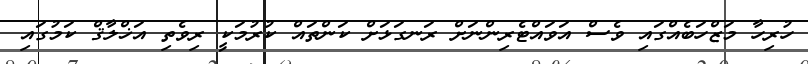
ހުރިހާ މަޒްހަބެއްގައި ވެސް އަވައްޓެރިންނަށް ރަނގަޅަށް ކަންތައް ކުރުމަކީ ރިވެތި އަޚްލާޤް ކަމުގައި